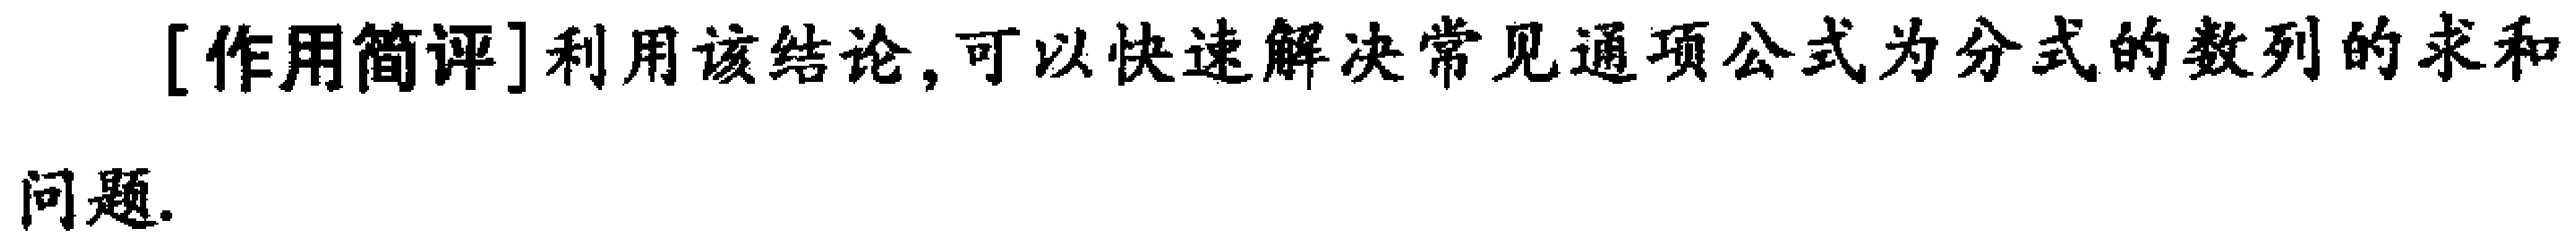
[作用简评]利用该结论,可以快速解决常见通项公式为分式的数列的求和
问题.